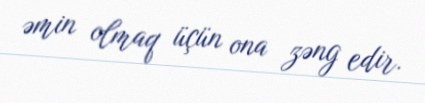
əmin olmaq üçün ona zəng edir.